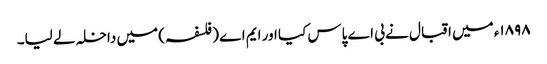
١٨٩٨ء میں اقبال نے بی اے پاس کیا اور ایم اے (فلسفہ) میں داخلہ لے لیا۔